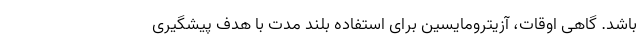
باشد. گاهی اوقات، آزیترومایسین برای استفاده بلند مدت با هدف پیشگیری